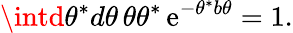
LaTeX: \intd\theta^{*}d\theta\, \theta\theta^{*}\, \mathrm{e}^{-\theta^{*}b\theta}=1.